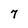
Character: 7